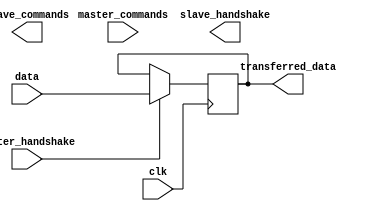
module timing_control_and_sync (
    input wire clk,
    input wire [3:0] master_commands,
    input wire [7:0] data,
    input wire master_handshake,
    output reg [3:0] slave_commands,
    output reg [7:0] transferred_data,
    output reg slave_handshake
);

// Timing control logic for issuing commands and transferring data
always @(posedge clk) begin
    if (master_handshake) begin
        // Handle correct timing for issuing commands
        case (master_commands)
            // Implement command timing logic here
        endcase
        
        // Transfer data after command issued
        transferred_data <= data;
    end
end

// Synchronization logic for proper clock domain crossings
always @(posedge clk) begin
    // Implement clock domain crossing logic here
end

// Logic for managing handshaking signals between master and slave devices
always @(posedge clk) begin
    // Implement logic for handshaking signals here
end

// Logic for arbitration between multiple masters
always @(posedge clk) begin
    // Implement arbitration logic here
end

endmodule